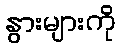
နွားများကို